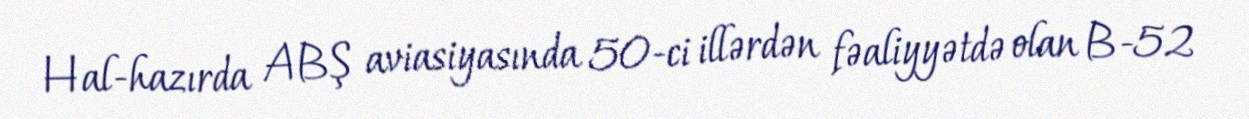
Hal-hazırda ABŞ aviasiyasında 50-ci illərdən fəaliyyətdə olan B-52